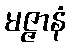
မဇ္ဇာနံ